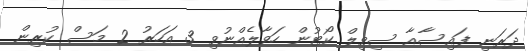
ދަރަނި ފައިސާއާ ސިވިލް ކޯޓުން ހަވާލެއްނުވި 3 އަހަރު 2 މަސް ކުރިން